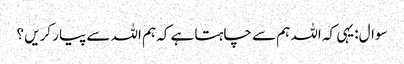
سوال:یہی کہ اللہ ہم سے چاہتا ہے کہ ہم اللہ سے پیار کریں ؟